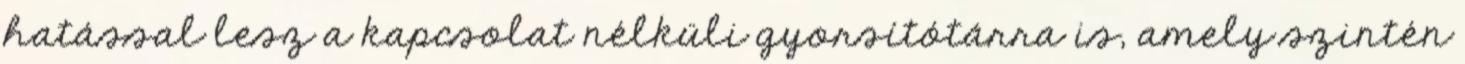
hatással lesz a kapcsolat nélküli gyorsítótárra is, amely szintén